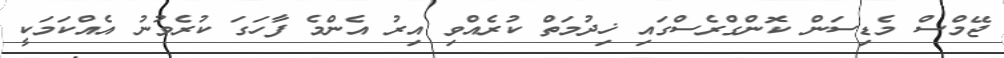
ޖޭމްސް މެޑިސަން ކޮންގްރެސްގައި ޚިދުމަތް ކުރެއްވި އިރު އެންމެ ފާހަގަ ކުރެވުނު އެއްކަމަކީ